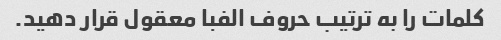
کلمات را به ترتیب حروف الفبا معقول قرار دهید.